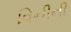
વિનીની